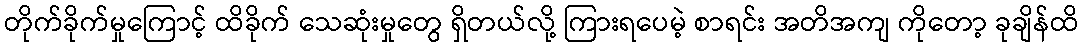
တိုက်ခိုက်မှုကြောင့် ထိခိုက် သေဆုံးမှုတွေ ရှိတယ်လို့ ကြားရပေမဲ့ စာရင်း အတိအကျ ကိုတော့ ခုချိန်ထိ